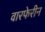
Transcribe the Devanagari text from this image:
वारफेरीन